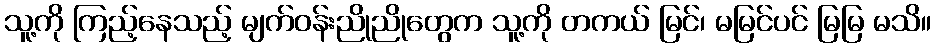
သူ့ကို ကြည့်နေသည့် မျက်ဝန်းညိုညိုတွေက သူ့ကို တကယ် မြင်၊ မမြင်ပင် မြမြ မသိ။